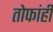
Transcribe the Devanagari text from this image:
तोफांही